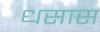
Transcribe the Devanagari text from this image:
धसास